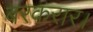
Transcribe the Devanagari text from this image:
बरकरार।